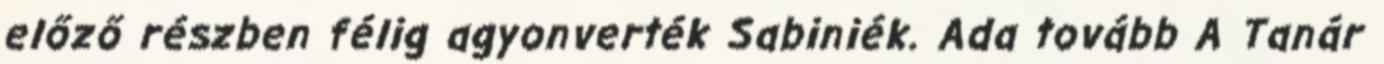
előző részben félig agyonverték Sabiniék. Ada tovább A Tanár